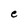
Character: e